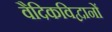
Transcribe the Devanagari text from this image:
वैदिकविद्वानों